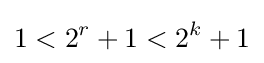
1<2^{r}+1<2^{k}+1